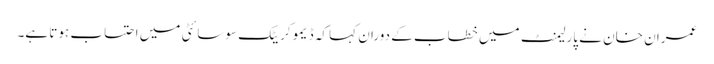
عمران خان نے پارلیمنٹ میں خطاب کے دوران کہا کہ ڈیموکریٹک سوسائٹی میں احتساب ہوتا ہے۔